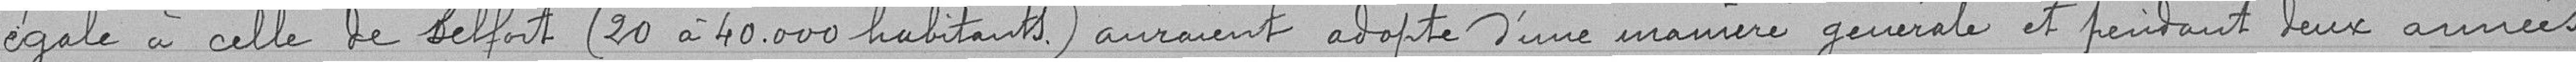
égale à celle de Belfort (20 à 40.000 habitants) auraient adopté d'une manière générale et pendant deux années